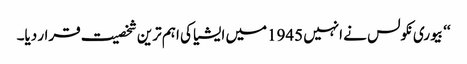
‘‘ بیوری نکولس نے انہیں 1945میں ایشیا کی اہم ترین شخصیت قرار دیا۔